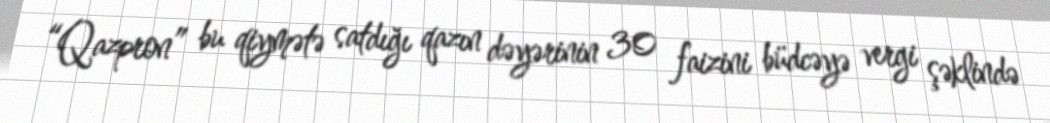
“Qazpron” bu qiymətə satdığı qazın dəyərinin 30 faizini büdcəyə vergi şəklində